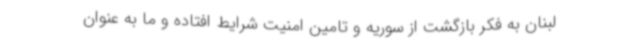
لبنان به فکر بازگشت از سوریه و تامین امنیت شرایط افتاده و ما به عنوان